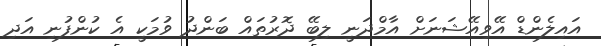
އައިލެންޑް އޭވިއޭޝަނަށް އާމްދަނީ ލިބޭ ދޮރުތައް ބަންދު ވުމަކީ އެ ކުންފުނި އަދި